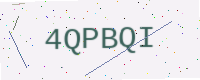
Text: 4QPBQI